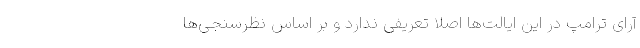
آرای ترامپ در این ایالت‌ها اصلا تعریفی ندارد و بر اساس نظرسنجی‌ها